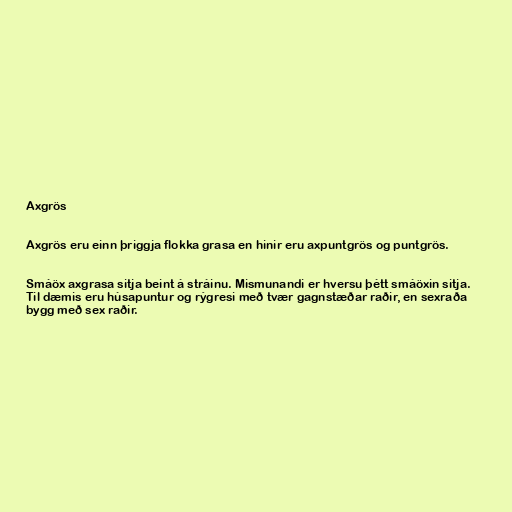
Axgrös

Axgrös eru einn þriggja flokka grasa en hinir eru axpuntgrös og puntgrös.

Smáöx axgrasa sitja beint á stráinu. Mismunandi er hversu þétt smáöxin sitja.
Til dæmis eru húsapuntur og rýgresi með tvær gagnstæðar raðir, en sexraða
bygg með sex raðir.